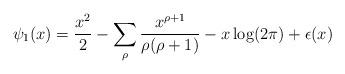
LaTeX: \begin{align*} \psi_1(x) = \frac{x^2}{2} - \sum_{\rho} \frac{x^{\rho+1}}{\rho (\rho +1)} - x \log(2\pi) + \epsilon(x)\end{align*}